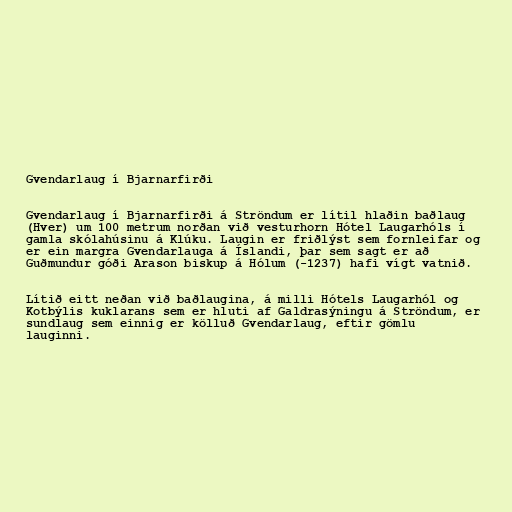
Gvendarlaug í Bjarnarfirði

Gvendarlaug í Bjarnarfirði á Ströndum er lítil hlaðin baðlaug
(Hver) um 100 metrum norðan við vesturhorn Hótel Laugarhóls í
gamla skólahúsinu á Klúku. Laugin er friðlýst sem fornleifar og
er ein margra Gvendarlauga á Íslandi, þar sem sagt er að
Guðmundur góði Arason biskup á Hólum (-1237) hafi vígt vatnið.

Lítið eitt neðan við baðlaugina, á milli Hótels Laugarhól og
Kotbýlis kuklarans sem er hluti af Galdrasýningu á Ströndum, er
sundlaug sem einnig er kölluð Gvendarlaug, eftir gömlu
lauginni.